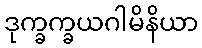
ဒုက္ခက္ခယဂါမိနိယာ